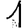
Digit: 1